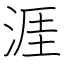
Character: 涯